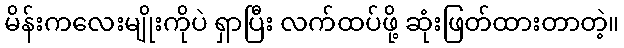
မိန်းကလေးမျိုးကိုပဲ ရှာပြီး လက်ထပ်ဖို့ ဆုံးဖြတ်ထားတာတဲ့။